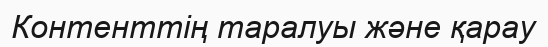
Контенттің таралуы және қарау